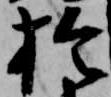
於